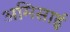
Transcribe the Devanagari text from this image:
अमिसाई